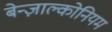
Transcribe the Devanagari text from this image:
बेन्ज़ाल्कोनियम